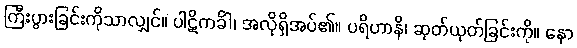
ကြီးပွားခြင်းကိုသာလျှင်။ ပါဋိကင်္ခါ၊ အလိုရှိအပ်၏။ ပရိဟာနိ၊ ဆုတ်ယုတ်ခြင်းကို။ နော